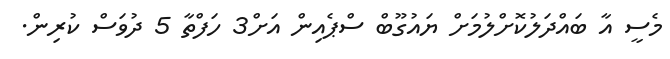
މެސީ އާ ބައްދަލުކޮށްލުމަށް ޔައުގޫބް ސްޕެއިން އަށް3 ހަފްތާ 5 ދުވަސް ކުރިން.